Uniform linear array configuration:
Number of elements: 24
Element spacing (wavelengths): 0.25
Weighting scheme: hann
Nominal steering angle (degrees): -30
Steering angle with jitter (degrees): -29.173
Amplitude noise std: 0.05
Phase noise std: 0.05

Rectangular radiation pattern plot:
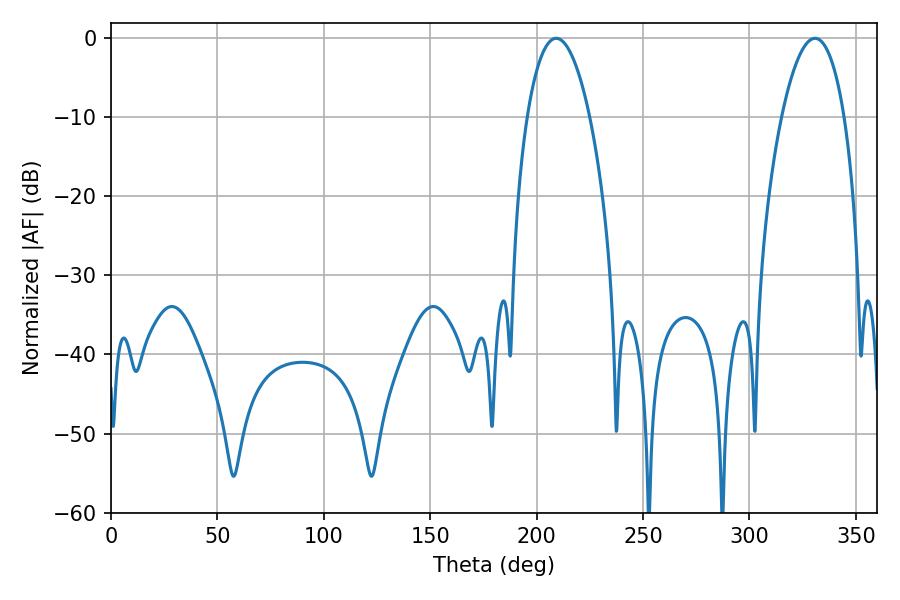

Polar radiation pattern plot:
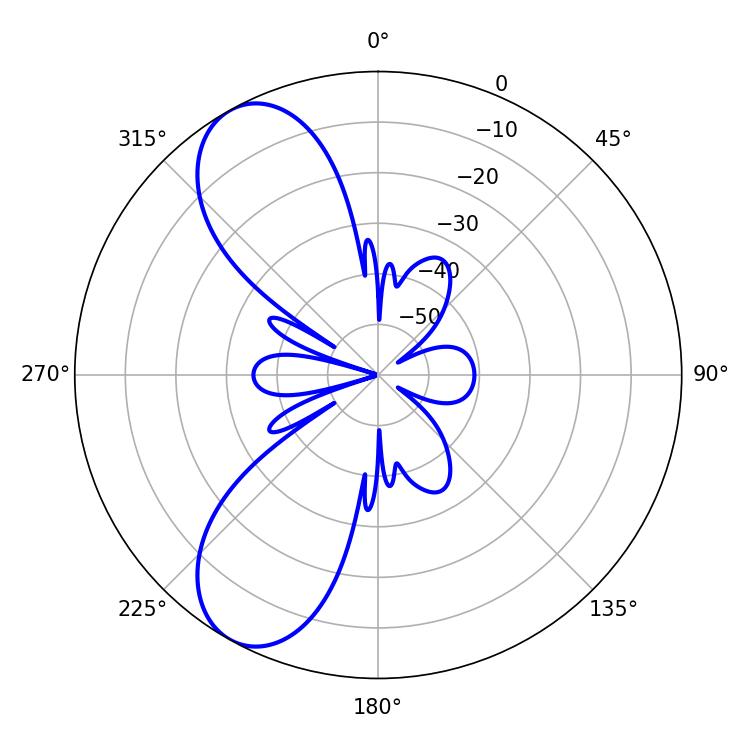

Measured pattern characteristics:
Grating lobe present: FALSE
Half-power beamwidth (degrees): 16.56
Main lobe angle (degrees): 209.16